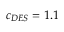
c _ { D E S } = 1 . 1